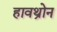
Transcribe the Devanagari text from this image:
हावथ्रोन